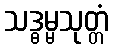
သဒ္ဓမ္မသုတ္တံ